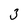
Character: 3